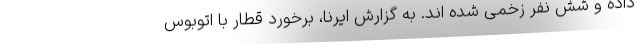
داده و شش نفر زخمی شده اند. به گزارش ایرنا، برخورد قطار با اتوبوس